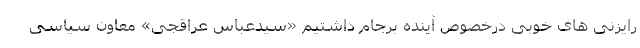
رایزنی های خوبی درخصوص آینده برجام داشتیم «سیدعباس عراقجی» معاون سیاسی